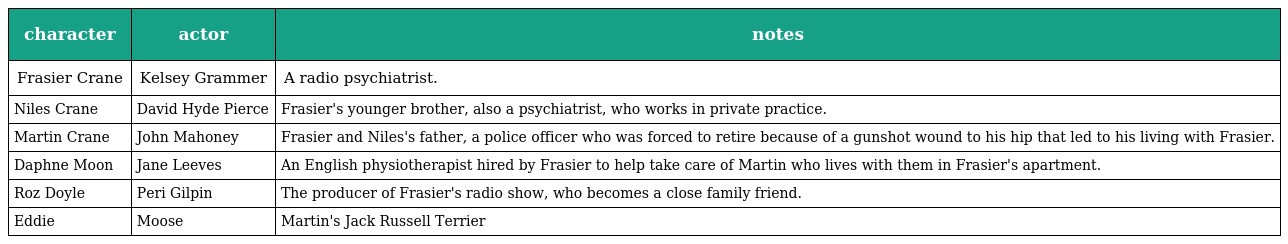
| character | actor | notes |
 | --- | --- | --- |
 | Frasier Crane | Kelsey Grammer | A radio psychiatrist. |
 | Niles Crane | David Hyde Pierce | Frasier's younger brother, also a psychiatrist, who works in private practice. |
 | Martin Crane | John Mahoney | Frasier and Niles's father, a police officer who was forced to retire because of a gunshot wound to his hip that led to his living with Frasier. |
 | Daphne Moon | Jane Leeves | An English physiotherapist hired by Frasier to help take care of Martin who lives with them in Frasier's apartment. |
 | Roz Doyle | Peri Gilpin | The producer of Frasier's radio show, who becomes a close family friend. |
 | Eddie | Moose | Martin's Jack Russell Terrier |